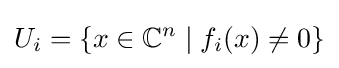
U_{i}=\{x\in \mathbb {C} ^{n}\mid f_{i}(x)\neq 0\}